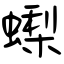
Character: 蟍